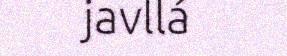
javllá